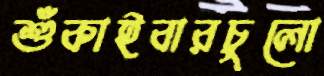
শুঁকাইবারচুলো